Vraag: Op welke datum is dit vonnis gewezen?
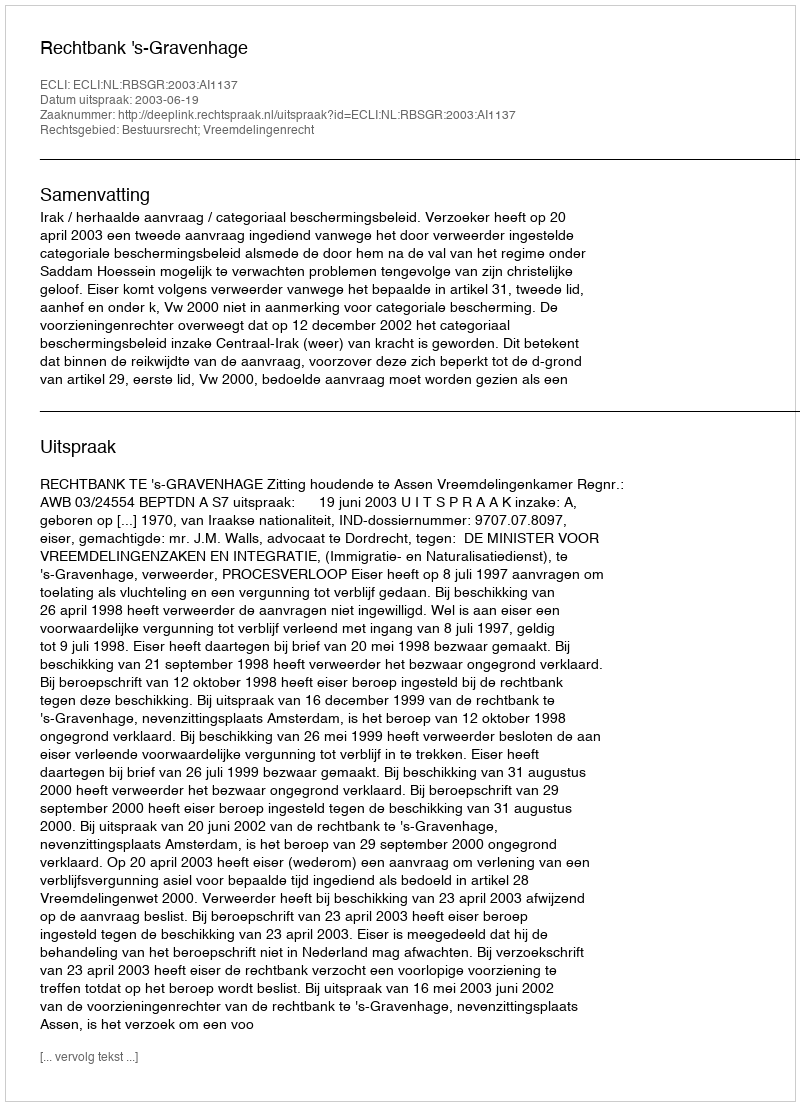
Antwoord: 2003-06-19